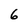
Character: 6